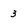
Character: 3